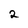
Character: 2